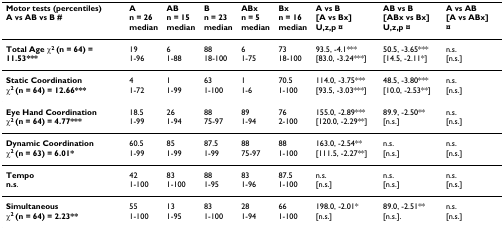
<table><thead><tr><td><b>Motor tests (percentiles)A vs AB vs B #</b></td><td><b>An = 26median</b></td><td><b>ABn = 15median</b></td><td><b>Bn = 23median</b></td><td><b>ABxn = 5median</b></td><td><b>Bxn = 16median</b></td><td><b>A vs B[A vs Bx]U,z,p ¤</b></td><td><b>AB vs B[ABx vs Bx]U,z,p ¤</b></td><td><b>A vs AB[A vs ABx]¤</b></td></tr></thead><tbody><tr><td><b>Total Age χ<sup>2 </sup>(n = 64) = 11.53***</b></td><td>191-96</td><td>61-88</td><td>8818-100</td><td>61-75</td><td>7318-100</td><td>93.5, -4.1***[83.0, -3.24***]</td><td>50.5, -3.65***[14.5, -2.11*]</td><td>n.s.[n.s.]</td></tr><tr><td><b>Static Coordination</b><b>χ<sup>2 </sup>(n = 64) = 12.66***</b></td><td>41-72</td><td>11-99</td><td>631-100</td><td>11-6</td><td>70.51-100</td><td>114.0, -3.75***[93.5, -3.03***]</td><td>48.5, -3.80***[10.0, -2.53**]</td><td>n.s.[n.s.]</td></tr><tr><td><b>Eye Hand Coordination</b><b>χ<sup>2 </sup>(n = 64) = 4.77***</b></td><td>18.51-99</td><td>261-94</td><td>8875-97</td><td>891-94</td><td>762-100</td><td>155.0, -2.89***[120.0, -2.29**]</td><td>89.9, -2.50**[n.s.]</td><td>n.s.[n.s.]</td></tr><tr><td><b>Dynamic Coordination</b><b>χ<sup>2 </sup>(n = 63) = 6.01*</b></td><td>60.51-99</td><td>851-99</td><td>87.51-99</td><td>8875-97</td><td>881-100</td><td>163.0, -2.54**[111.5, -2.27**]</td><td>n.s.[n.s.]</td><td>n.s.[n.s.]</td></tr><tr><td><b>Tempo</b><b>n.s</b>.</td><td>421-100</td><td>831-100</td><td>881-95</td><td>831-96</td><td>87.51-100</td><td>n.s.[n.s.]</td><td>n.s.[n.s.]</td><td>n.s.[n.s.]</td></tr><tr><td><b>Simultaneous</b><b>χ<sup>2 </sup>(n = 64) = 2.23**</b></td><td>551-100</td><td>131-95</td><td>831-100</td><td>281-94</td><td>661-100</td><td>198.0, -2.01*[n.s.]</td><td>89.0, -2.51**[n.s.].</td><td>n.s.[n.s.]</td></tr></tbody></table>